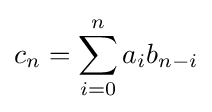
c_{n}=\sum _{i=0}^{n}a_{i}b_{n-i}